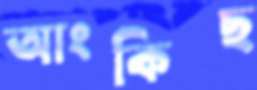
আংকিছ